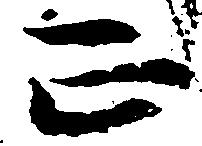
正